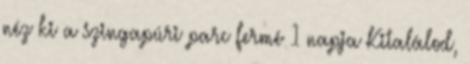
néz ki a szingapúri parc fermé 1 napja Kitalálod,